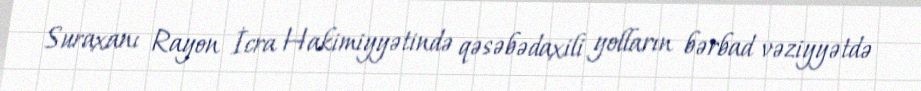
Suraxanı Rayon İcra Hakimiyyətində qəsəbədaxili yolların bərbad vəziyyətdə